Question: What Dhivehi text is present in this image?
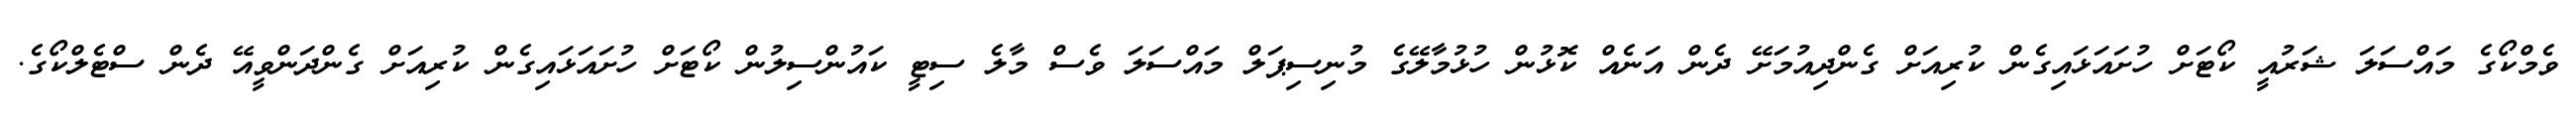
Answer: ވެމްކޯގެ މައްސަލަ ޝަރުއީ ކޯޓަށް ހުށައަޅައިގެން ކުރިއަށް ގެންދިއުމަށޭ ދެން އަނެއް ކޮޅުން ހުޅުމާލޭގެ މުނިސިޕަލް މައްސަލަ ވެސް މާލެ ސިޓީ ކައުންސިލުން ކޯޓަށް ހުށައަޅައިގެން ކުރިއަށް ގެންދަންވީއޭ ދެން ސްޓެލްކޯގެ.